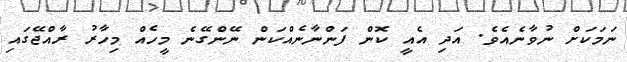
ނަމަކަށް ނުވާނެއެވެ. އަދި އެއީ ކޮން ފަންނާނެއްކަން ނޭންގޭނެ މީހެއް މިހާރު ރާއްޖޭގައި